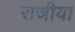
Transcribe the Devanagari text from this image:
राजीया